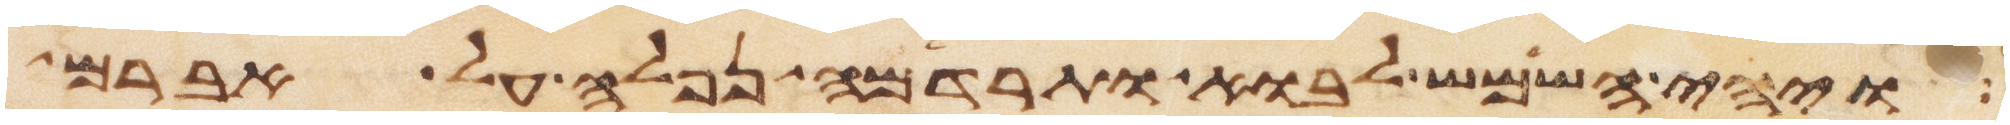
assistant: ויהי השמש לבוא ותרדמה נפלה על אברם